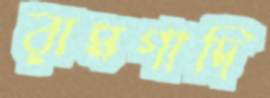
রামগাদি